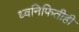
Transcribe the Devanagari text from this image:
ध्वनिफितीही